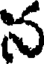
న